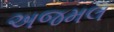
અજમલ